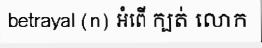
betrayal (n) អំពើ ក្បត់ លោក